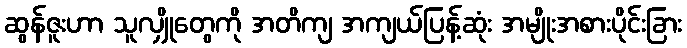
ဆွန်ဇူးဟာ သူလျှိုတွေကို အတိကျ အကျယ်ပြန့်ဆုံး အမျိုးအစားပိုင်းခြား